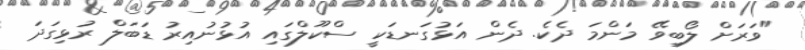
"ވަރަށް ލޯބިވޭ މަންމަ ދެކެ. ދެން އަޅުގަނޑަކީ ސްކޫލްގައި އުޅުނުއިރު ޑަބަލް ރުޅިގަދަ